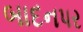
બાદનપર